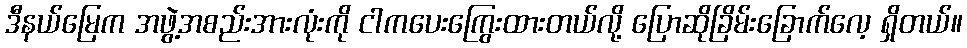
ဒီနယ်မြေက အဖွဲ့အစည်းအားလုံးကို ငါကပေးကြွေးထားတယ်လို့ ပြောဆိုခြိမ်းခြောက်လေ့ ရှိတယ်။